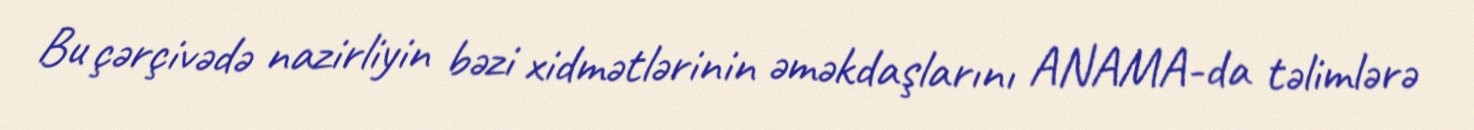
Bu çərçivədə nazirliyin bəzi xidmətlərinin əməkdaşlarını ANAMA-da təlimlərə